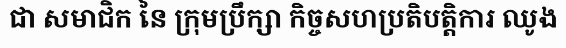
ជា សមាជិក នៃ ក្រុមប្រឹក្សា កិច្ចសហប្រតិបត្តិការ ឈូង